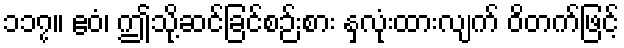
၁၁၇။ ဧဝံ၊ ဤသို့ဆင်ခြင်စဉ်းစား နှလုံးထားလျက် ဝိတက်ဖြင့်